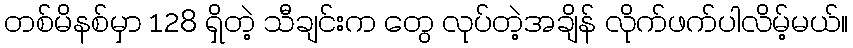
တစ်မိနစ်မှာ 128 ရှိတဲ့ သီချင်းက တွေ လုပ်တဲ့အချိန် လိုက်ဖက်ပါလိမ့်မယ်။